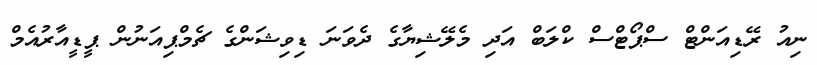
ނިއު ރޭޑިއަންޓް ސްޕޯޓްސް ކްލަބް އަދި މެލޭޝިޔާގެ ދެވަނަ ޑިވިޝަންގެ ޗެމްޕިއަނުން ޕީޑީއާރުއެމް